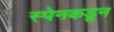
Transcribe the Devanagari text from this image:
स्पेनकडून